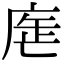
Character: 𢉓